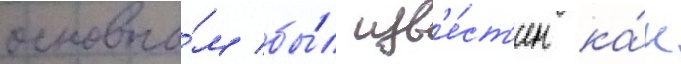
основно́м бы́л изв'е́ст'ен ка́к